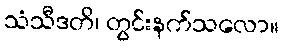
သံသီဒတိ၊ တွင်းနက်သလော။